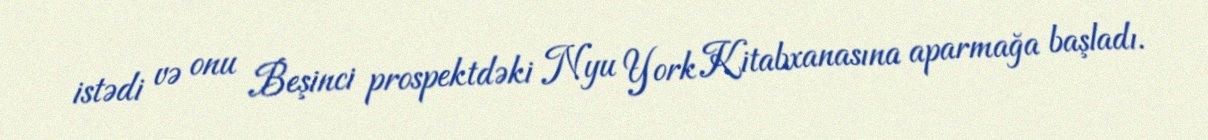
istədi və onu Beşinci prospektdəki Nyu York Kitabxanasına aparmağa başladı.